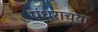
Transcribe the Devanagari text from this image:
पंधराच्या